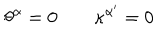
\theta ^ { \alpha } = 0 \qquad \kappa ^ { \alpha ^ { \prime } } = 0